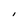
Character: I